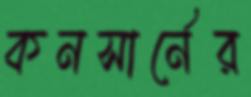
কনসার্নের